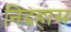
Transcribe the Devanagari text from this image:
निदहास